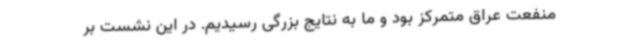
منفعت عراق متمرکز بود و ما به نتایج بزرگی رسیدیم. در این نشست بر